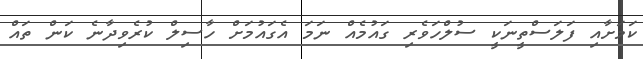
ކަމަށާއި ފަލަސްތީނަކީ ސުލްހަވެރި ގައުމެއް ނަމަ އެގައުމަށް ހާސިލް ކުރެވިދާނެ ކަން ތައް